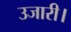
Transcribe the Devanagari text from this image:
उजारी।